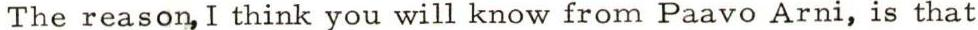
The reason, I think you will know from Paavo Arni, is that